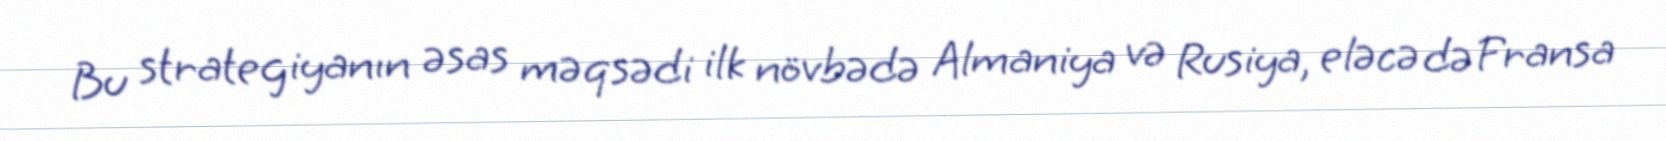
Bu strategiyanın əsas məqsədi ilk növbədə Almaniya və Rusiya, eləcə də Fransa